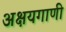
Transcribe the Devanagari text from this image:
अक्षयगाणी